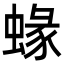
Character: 蝝